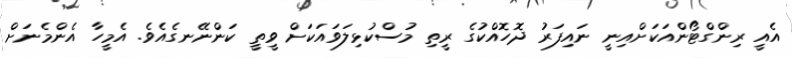
އެއީ ރިންގްޓޯންއަކަށްއިނީ ނައިފަރު ދޮހޮއްކުގެ ރީތި މުސްކުޅިލަވައަކަށް ވީތީ ކަންނޭނގެއެވެ. އެމީހާ އެންމެނަށް